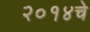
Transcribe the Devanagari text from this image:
२०१४चे